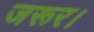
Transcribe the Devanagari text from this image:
जरूर।